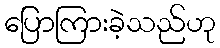
ပြောကြားခဲ့သည်ဟု